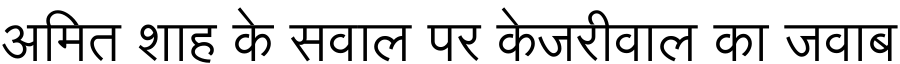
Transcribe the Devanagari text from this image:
अमित शाह के सवाल पर केजरीवाल का जवाब